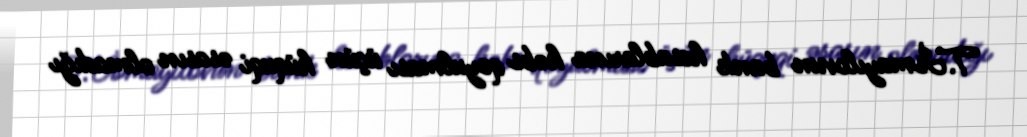
T.İsmayılovun bank hesablarına həbs qoyulması üçün hüquqi əsasın olmadığı